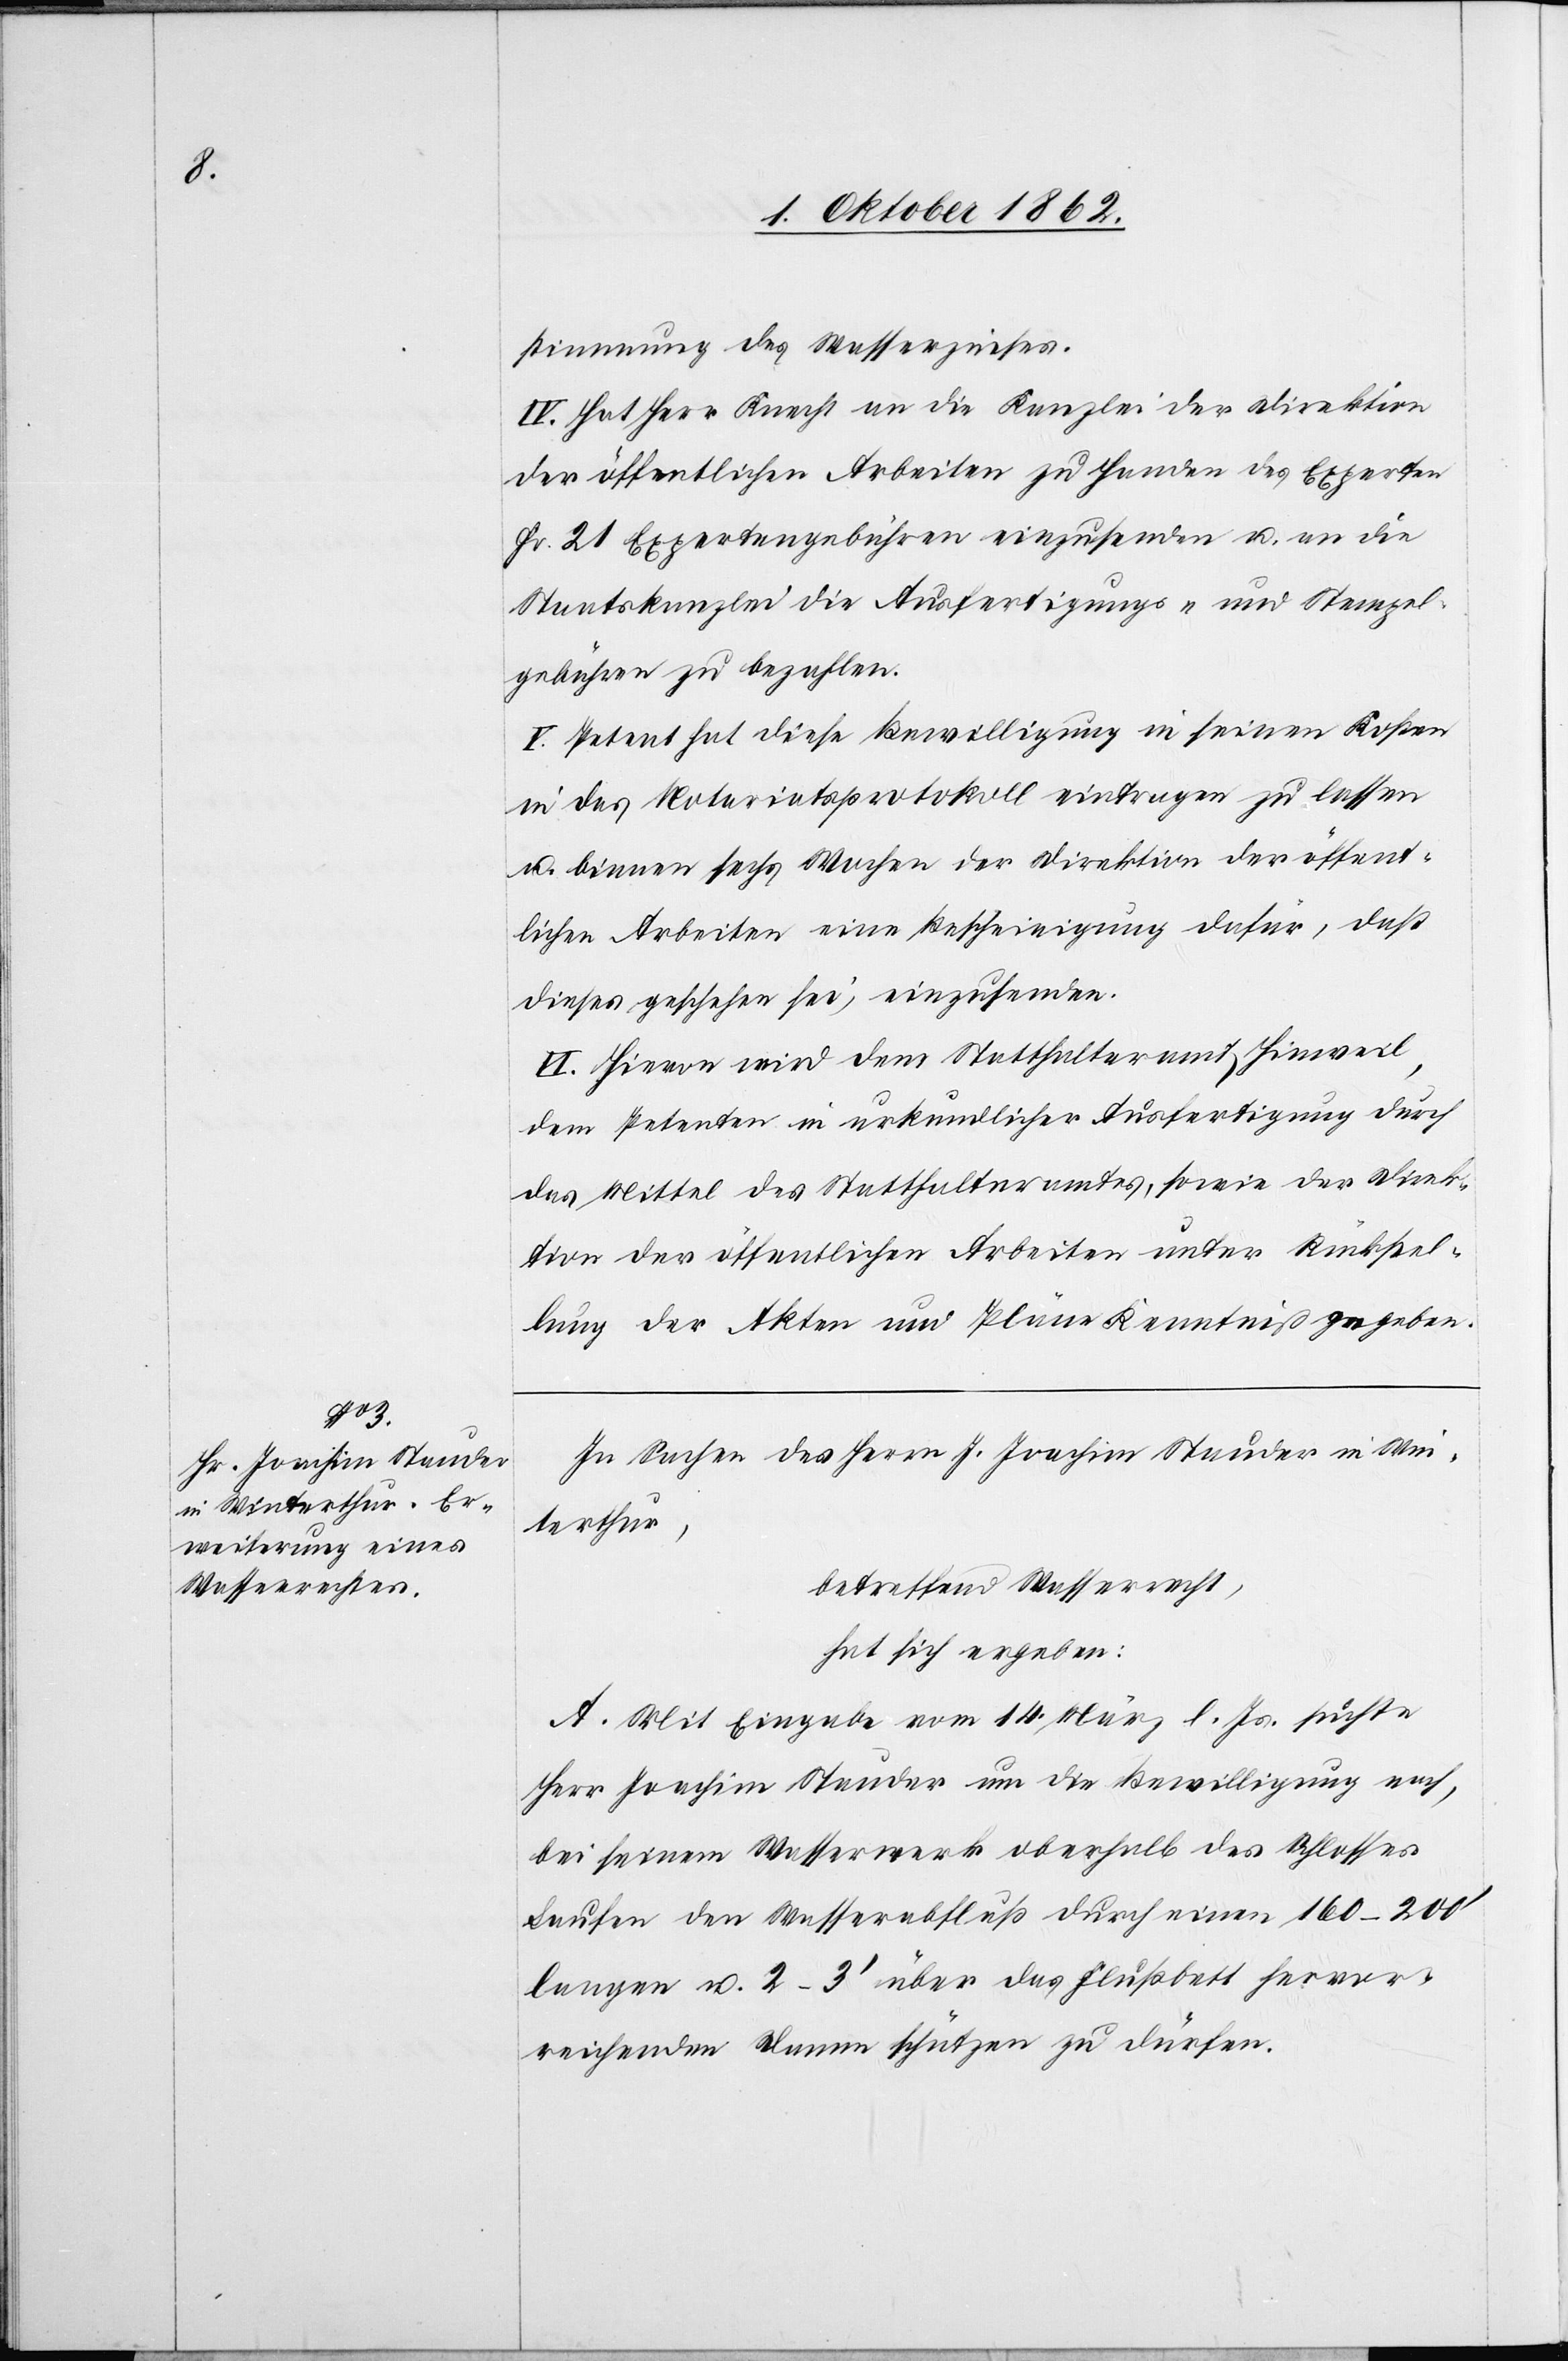
stimmung des Wasserzinses.
IV. Hat Herr Knecht an die Kanzlei der Direktion
der öffentlichen Arbeiten zu Handen des Experten
Fr. 21 Expertengebühren einzusenden u. an die
Staatskanzlei die Ausfertigungs- und Stempel¬
gebühren zu bezahlen.
V. Petent hat diese Bewilligung in seinen Kosten
in das Notariatsprotokoll eintragen zu lassen
u. binnen sechs Wochen der Direktion der öffent¬
lichen Arbeiten eine Bescheinigung dafür, daß
dieses geschehen sei, einzusenden.
VI. Hievon wird dem Statthalteramt Hinweil,
dem Petenten in urkundlicher Ausfertigung durch
das Mittel des Statthalteramtes, sowie der Direk¬
tion der öffentlichen Arbeiten unter Rückstel¬
lung der Akten und Pläne Kenntniß gegeben.
In Sachen des Herrn J. Joachim Stauder in Win¬
terthur,
betreffend Wasserrecht,
hat sich ergeben:
A. Mit Eingabe vom 14. März l. Js. suchte
Herr Joachim Stauder um die Bewilligung nach,
bei seinem Wasserwerk oberhalb des Schlosses
Laufen den Wasserabfluß durch einen 160–200’
langen u. 2–3’ über das Flußbett hervor¬
reichenden Damm schützen zu dürfen.